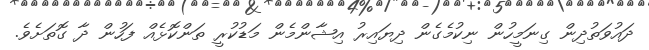
ދައުވަތުދިން ގިނަމީހުން ނިކުމެގެން ދިޔައިރު އިޝާންމެން މަޑުކުރީ ތަންކޮޅެއް ފަހުން ދާ ގޮތަށެވެ.